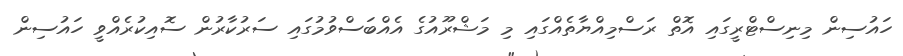
ހައުސިން މިނިސްޓްރީގައި އޮތް ރަސްމިއްޔާތެއްގައި މި މަޝްރޫއުގެ އެއްބަސްވުމުގައި ސަރުކާރުން ސޮއިކުރެއްވީ ހައުސިން